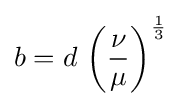
b=d\,\left({\frac {\nu }{\mu }}\right)^{\frac {1}{3}}\,\!